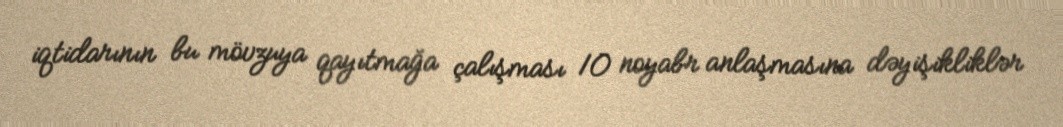
iqtidarının bu mövzuya qayıtmağa çalışması 10 noyabr anlaşmasına dəyişikliklər